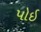
પોઈ